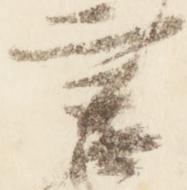
言